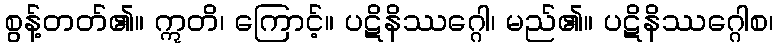
စွန့်တတ်၏။ ဣတိ၊ ကြောင့်။ ပဋိနိဿဂ္ဂေါ၊ မည်၏။ ပဋိနိဿဂ္ဂေါစ၊